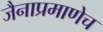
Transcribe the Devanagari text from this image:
जैनाप्रमाणेच